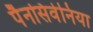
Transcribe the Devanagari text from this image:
पैनसिवेनिया